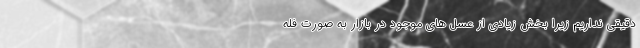
دقیقی نداریم زیرا بخش زیادی از عسل های موجود در بازار به صورت فله